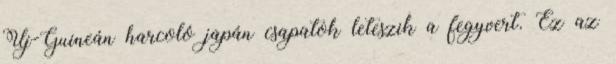
Új-Guineán harcoló japán csapatok leteszik a fegyvert. Ez az